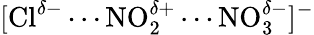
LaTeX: [\mathrm{Cl}^{\delta-}\cdots\mathrm{NO}_{2}^{\delta+}\cdots\mathrm{NO}_{3}^{\delta-}]^{-}